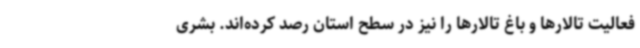
فعالیت‌ تالارها و باغ تالارها را نیز در سطح استان رصد کرده‌اند. بشری